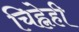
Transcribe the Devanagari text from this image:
चिह्नेही